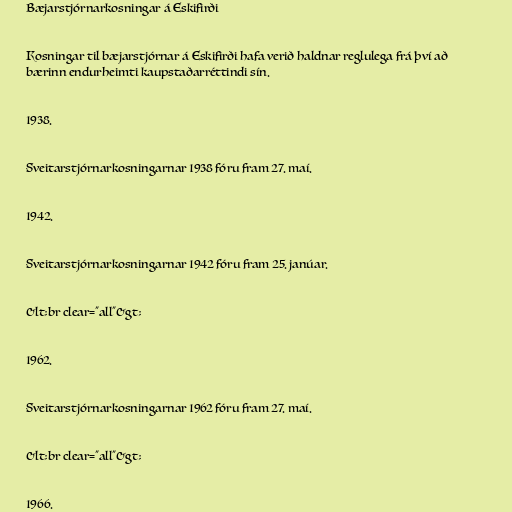
Bæjarstjórnarkosningar á Eskifirði

Kosningar til bæjarstjórnar á Eskifirði hafa verið haldnar reglulega frá því að
bærinn endurheimti kaupstaðarréttindi sín.

1938.

Sveitarstjórnarkosningarnar 1938 fóru fram 27. maí.

1942.

Sveitarstjórnarkosningarnar 1942 fóru fram 25. janúar.

&lt;br clear="all"&gt;

1962.

Sveitarstjórnarkosningarnar 1962 fóru fram 27. maí.

&lt;br clear="all"&gt;

1966.